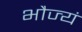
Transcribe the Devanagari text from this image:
भौज्यं